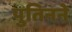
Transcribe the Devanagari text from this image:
पुतिनने